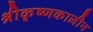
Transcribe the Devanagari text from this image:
श्रीकृष्णकालीन